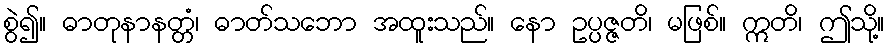
စွဲ၍။ ဓာတုနာနတ္တံ၊ ဓာတ်သဘော အထူးသည်။ နော ဥပ္ပဇ္ဇတိ၊ မဖြစ်။ ဣတိ၊ ဤသို့။